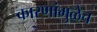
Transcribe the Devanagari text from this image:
कारणांमुळेच